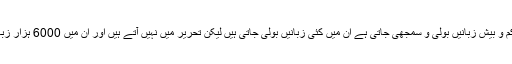
دنیا میں تقریباً 7000 ہزار کم و بیش زبانیں بولی و سمجھی جاتی ہے ان میں کئی زبانیں بولی جاتی ہیں لیکن تحریر میں نہیں آتے ہیں اور ان میں 6000 ہزار زبانیں ختم ہونے کے قریب ہیں۔